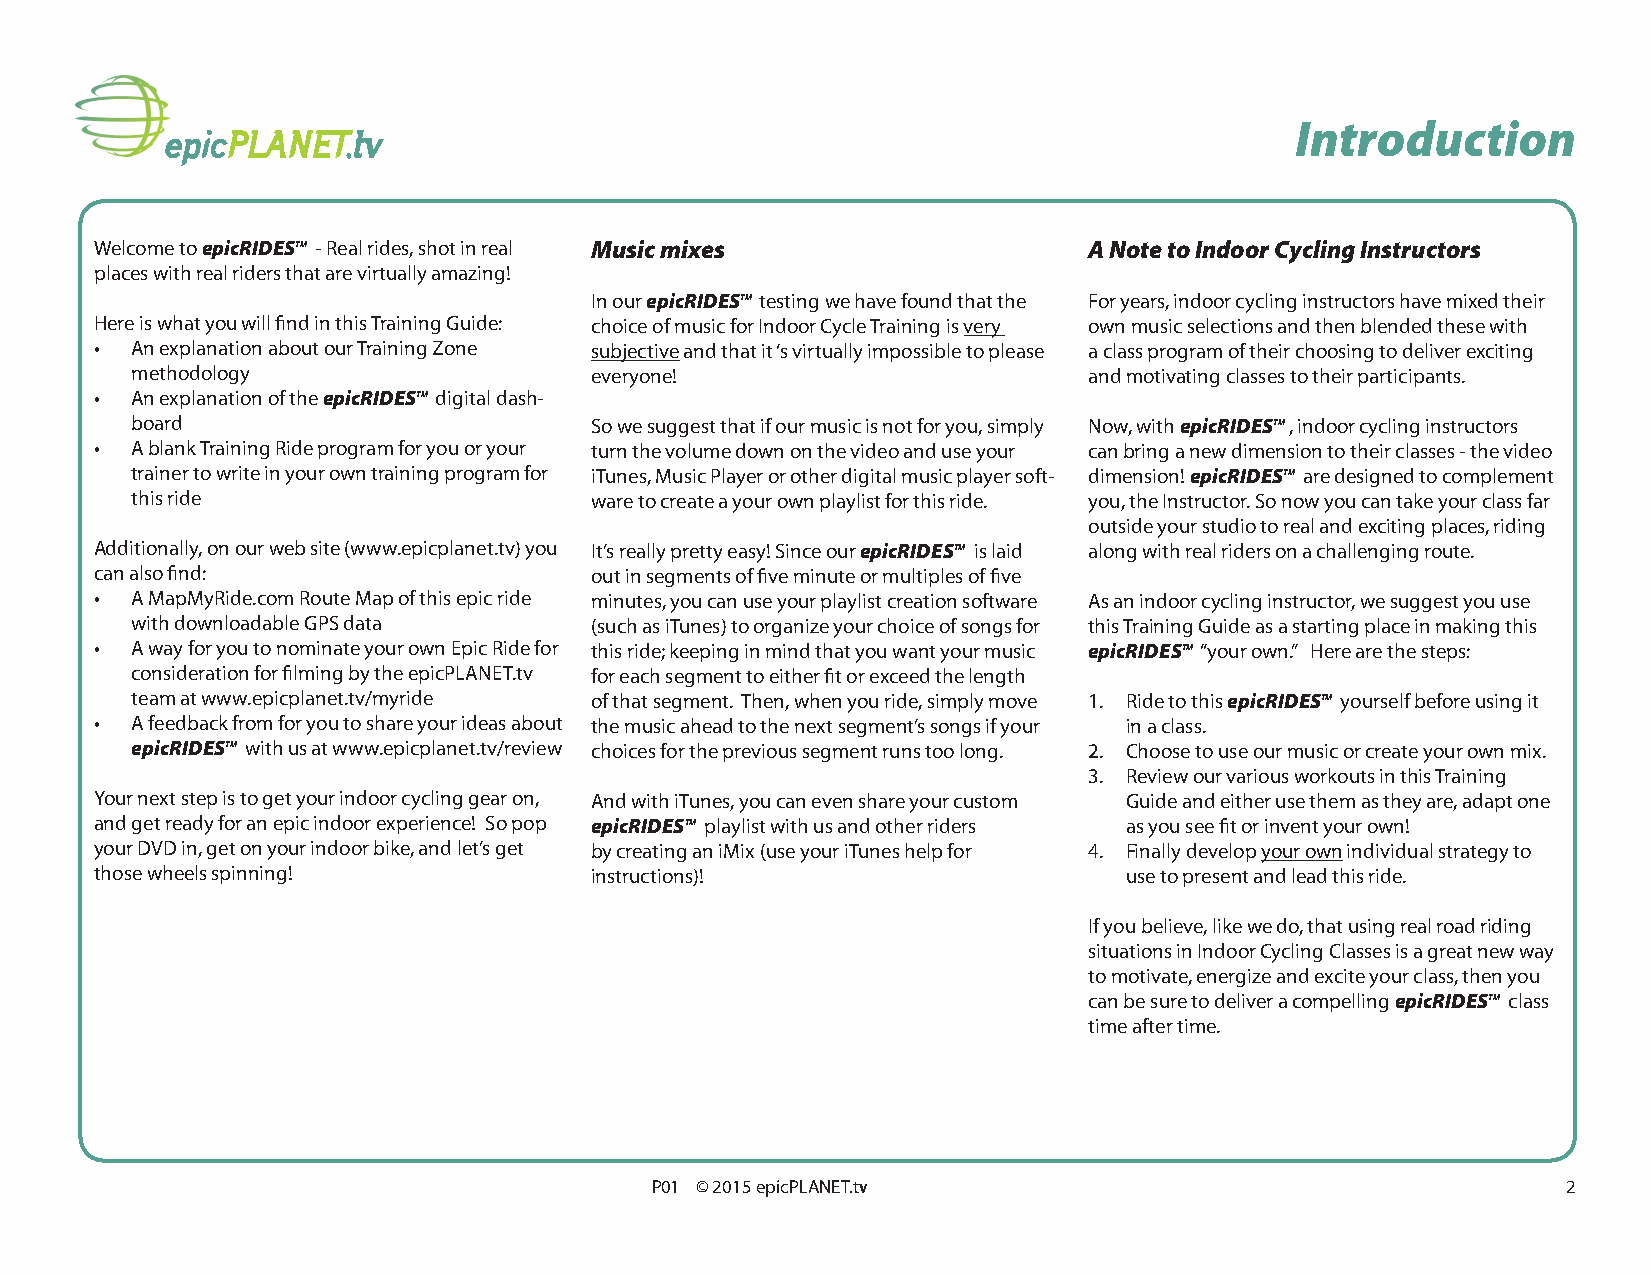
Introduction
 Welcome to epicRIDESTM - Real rides, shot in real Music mixes     A Note to Indoor Cycling Instructors
 places with real riders that are virtually amazing!
 In our epicRIDESTM testing we have found that the For years, indoor cycling instructors have mixed their
 Here is what you will find in this Training Guide: choice of music for Indoor Cycle Training is very own music selections and then blended these with
 •  An explanation about our Training Zone subjective and that it ‘s virtually impossible to please a class program of their choosing to deliver exciting
 methodology                   everyone!                        and motivating classes to their participants.
 •  An explanation of the epicRIDESTM digital dash-
 board                         So we suggest that if our music is not for you, simply Now, with epicRIDESTM , indoor cycling instructors
 •  A blank Training Ride program for you or your turn the volume down on the video and use your can bring a new dimension to their classes - the video
 trainer to write in your own training program for iTunes, Music Player or other digital music player soft- dimension! epicRIDESTM are designed to complement
 this ride                     ware to create a your own playlist for this ride. you, the Instructor. So now you can take your class far
 outside your studio to real and exciting places, riding
 Additionally, on our web site (www.epicplanet.tv) you It’s really pretty easy! Since our epicRIDESTM is laid along with real riders on a challenging route.
 can also find:                   out in segments of five minute or multiples of five
 •  A MapMyRide.com Route Map of this epic ride minutes, you can use your playlist creation software As an indoor cycling instructor, we suggest you use
 with downloadable GPS data    (such as iTunes) to organize your choice of songs for this Training Guide as a starting place in making this
 •  A way for you to nominate your own Epic Ride for this ride; keeping in mind that you want your music epicRIDESTM “your own.” Here are the steps:
 consideration for filming by the epicPLANET.tv for each segment to either fit or exceed the length
 team at www.epicplanet.tv/myride of that segment. Then, when you ride, simply move 1. Ride to this epicRIDESTM yourself before using it
 •  A feedback from for you to share your ideas about the music ahead to the next segment’s songs if your in a class.
 epicRIDESTM with us at www.epicplanet.tv/review choices for the previous segment runs too long. 2. Choose to use our music or create your own mix.
 3. Review our various workouts in this Training
 Your next step is to get your indoor cycling gear on, And with iTunes, you can even share your custom Guide and either use them as they are, adapt one
 and get ready for an epic indoor experience! So pop epicRIDESTM playlist with us and other riders as you see fit or invent your own!
 your DVD in, get on your indoor bike, and let’s get by creating an iMix (use your iTunes help for 4. Finally develop your own individual strategy to
 those wheels spinning!           instructions)!                     use to present and lead this ride.
 If you believe, like we do, that using real road riding
 situations in Indoor Cycling Classes is a great new way
 to motivate, energize and excite your class, then you
 can be sure to deliver a compelling epicRIDESTM class
 time after time.
 P01 © 2015 epicPLANET.tv                                     2